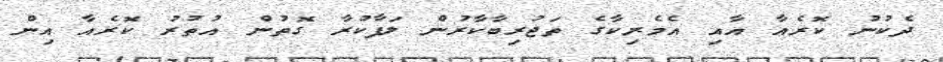
ދެކުނު ކޮރެއާ އާއި އެމެރިކާގެ ތަޖުރިބާކާރުން ލަފާކުރާ ގޮތުން އުތުރު ކޮރެއާ އިން